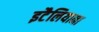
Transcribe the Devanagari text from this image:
इटैलियाना